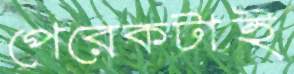
পেরেকটাই